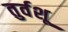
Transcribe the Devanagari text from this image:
तुर्वशू